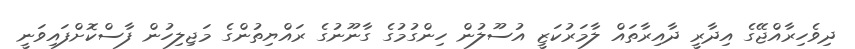
ދިވެހިރާއްޖޭގެ އިދާރީ ދާއިރާތައް ލާމަރުކަޒީ އުސޫލުން ހިންގުމުގެ ގާނޫނުގެ ރައްޔިތުންގެ މަޖިލިހުން ފާސްކޮށްފައިވަނީ